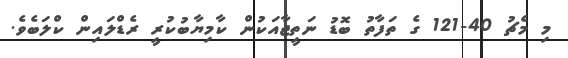
މި މެޗު 40-121 ގެ ތަފާތު ބޮޑު ނަތީޖާއަކުން ކާމިޔާބުކުރީ ރެޑްލައިން ކްލަބެވެ.